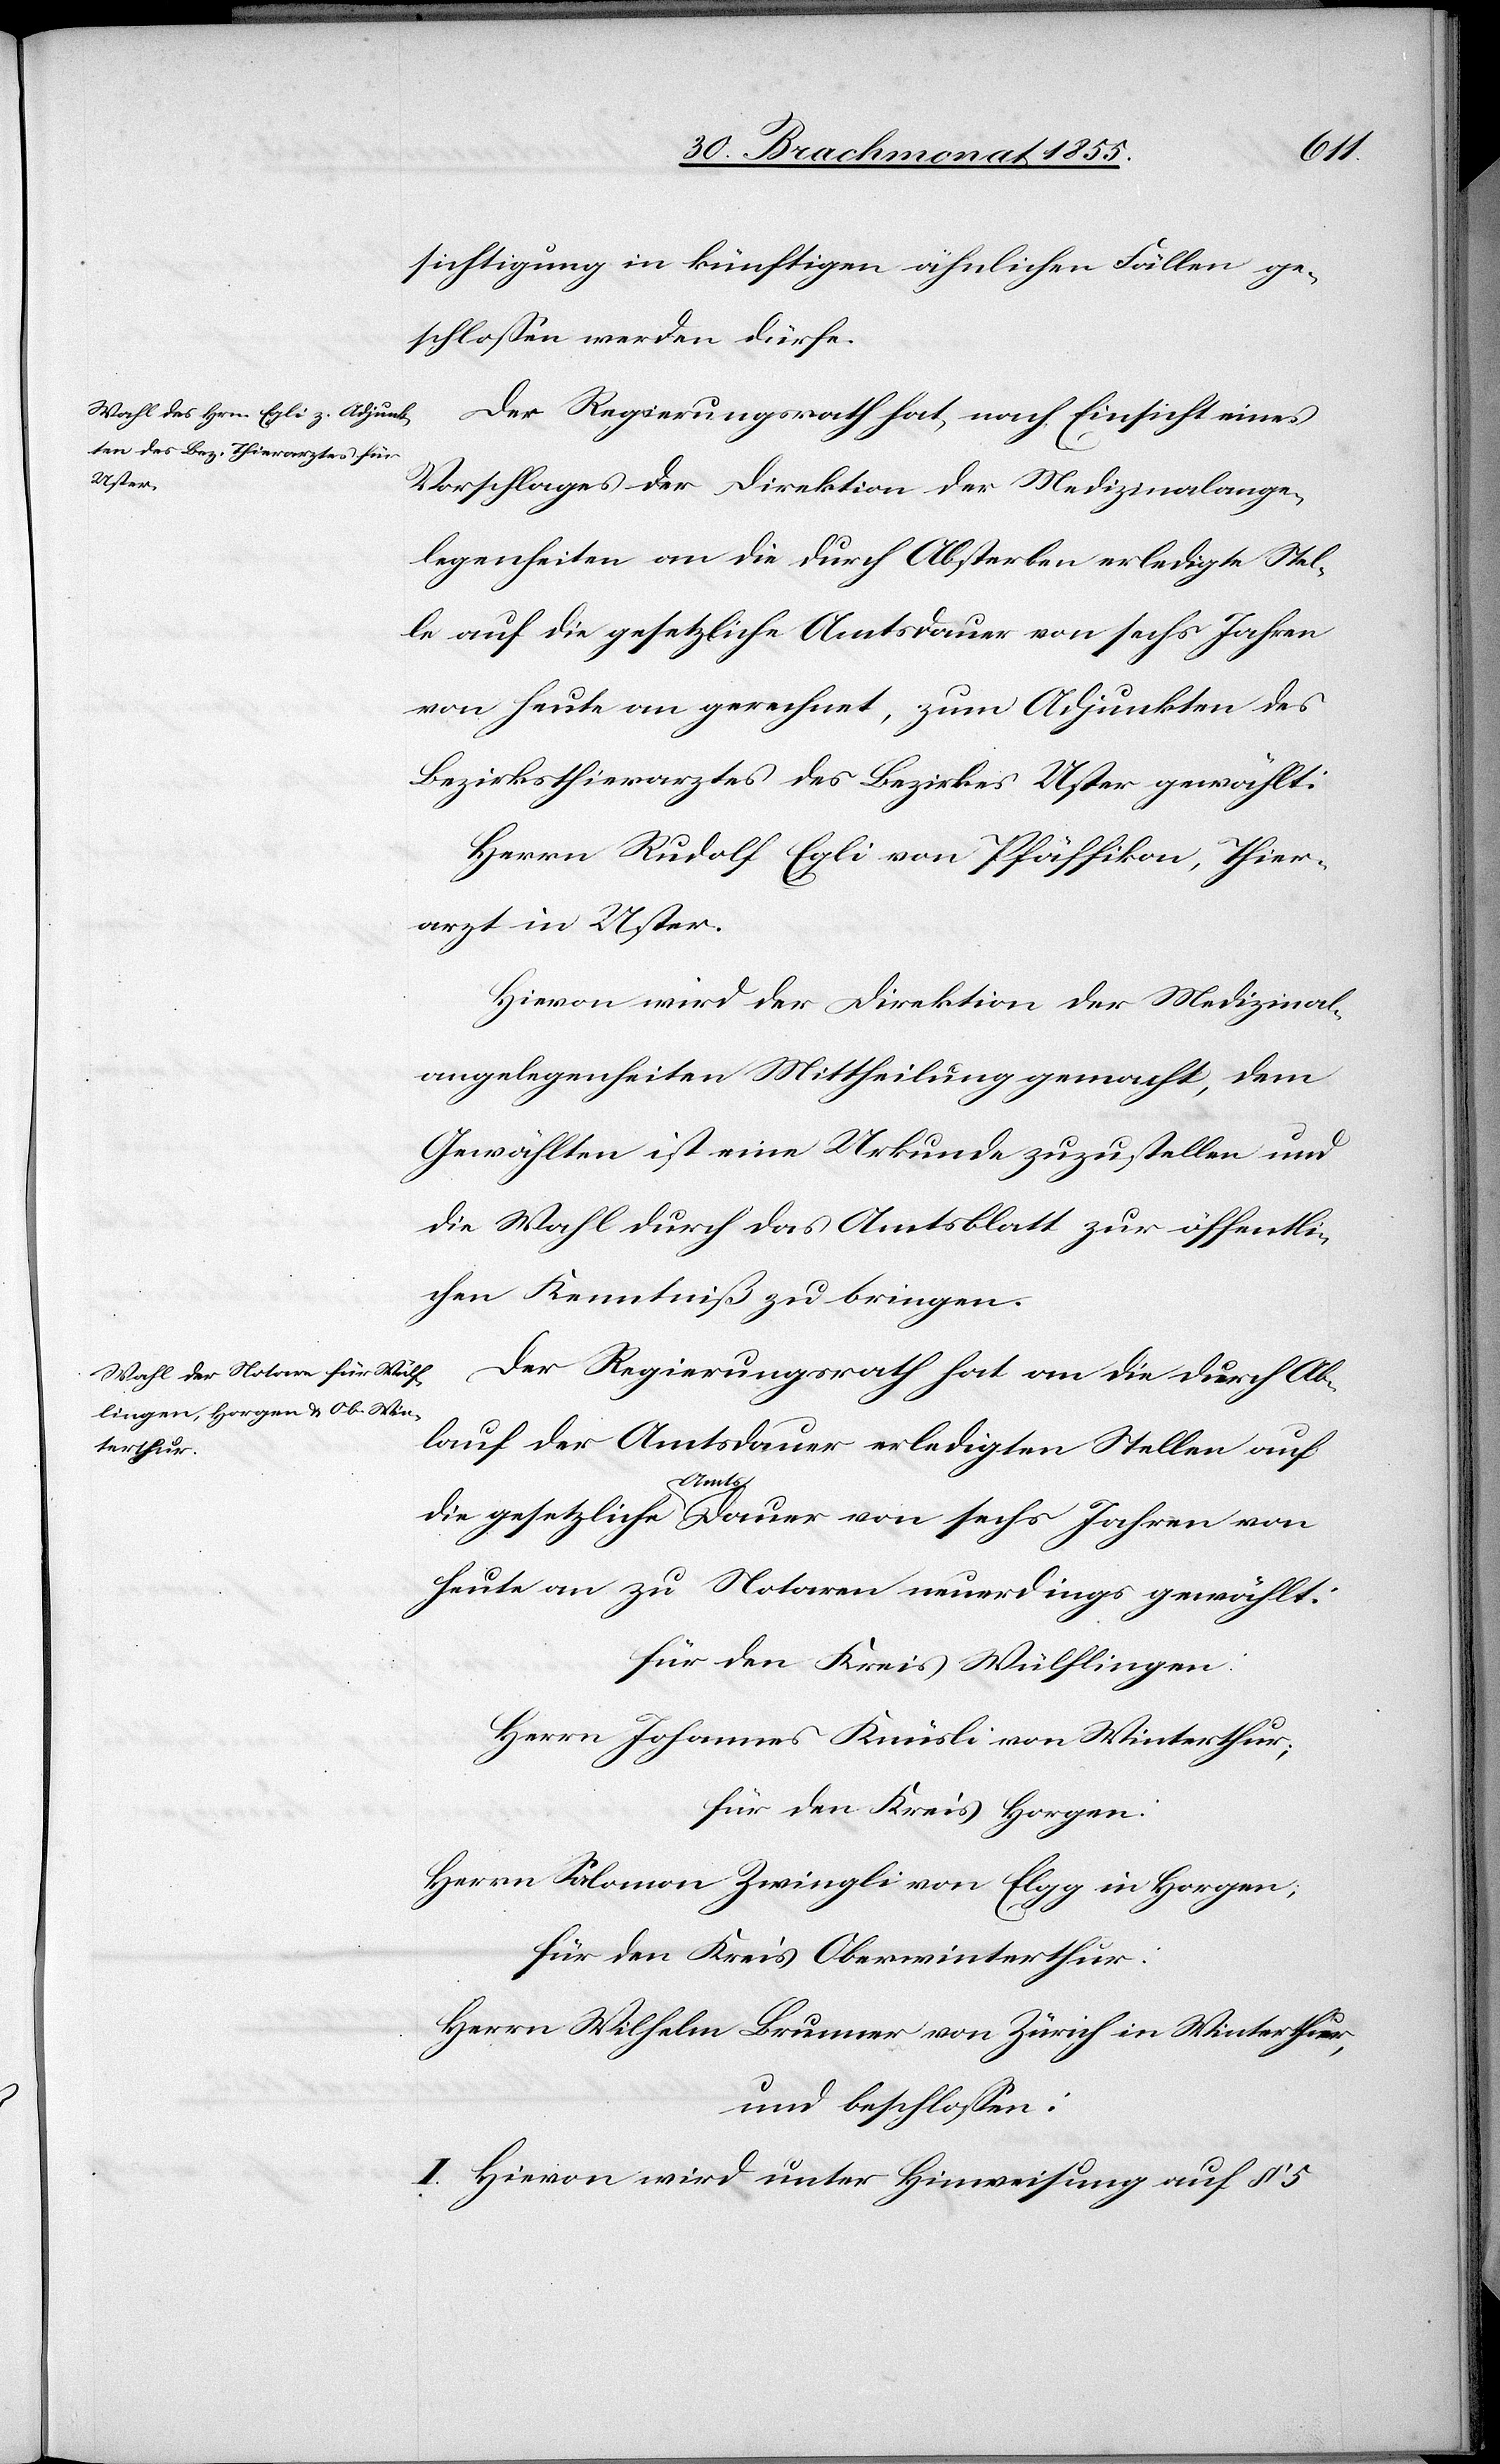
sichtigung in künftigen ähnlichen Fällen ge¬
schlossen werden dürfe.
Der Regierungsrath hat, nach Einsicht eines
Vorschlages der Direktion der Medizinalange¬
legenheiten an die durch Absterben erledigte Stel¬
le auf die gesetzliche Amtsdauer von sechs Jahren
von heute an gerechnet, zum Adjunkten des
Bezirksthierarztes des Bezirkes Uster gewählt:
Herrn Rudolf Egli von Pfäffikon, Thier¬
arzt in Uster.
Hievon wird der Direktion der Medizinal¬
angelegenheiten Mittheilung gemacht, dem
Gewählten ist eine Urkunde zuzustellen und
die Wahl durch das Amtsblatt zur öffentli¬
chen Kenntniß zu bringen.
Der Regierungsrath hat an die durch Ab¬
lauf der Amtsdauer erledigten Stellen auf
die gesetzliche Amts[-]Dauer von sechs Jahren von
heute an zu Notaren neuerdings gewählt:
für den Kreis Wülflingen
Herrn Johannes Knüsli von Winterthur;
für den Kreis Horgen:
Herrn Salomon Zwingli von Elgg in Horgen;
für den Kreis Oberwinterthur:
Herrn Wilhelm Brunner von Zürich in Winterthur,
und beschlossen:
I. Hievon wird unter Hinweisung auf § 5